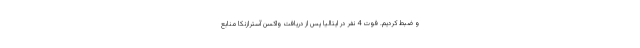
و ضبط کردیم. فوت 4 نفر در ایتالیا پس از دریافت واکسن آسترازنکا منابع